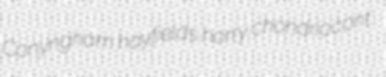
Conyngham hayfields horry chondriocont